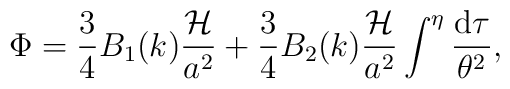
\Phi = \frac{3}{4}B_1(k)\frac{{\cal H}}{a^2}     + \frac{3}{4}B_2(k)\frac{{\cal H}}{a^2}       \int^{\eta }\frac{{\rm d}\tau}{\theta^2},